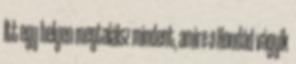
Itt egy helyen megtalálsz mindent, amire a Hondád vágyik